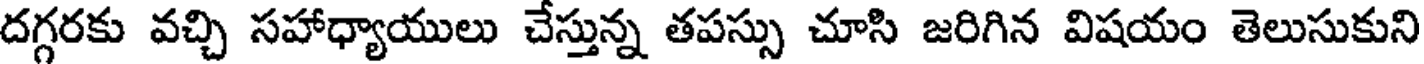
దగ్గరకు వచ్చి సహాధ్యాయులు చేస్తున్న తపస్సు చూసి జరిగిన విషయం తెలుసుకుని